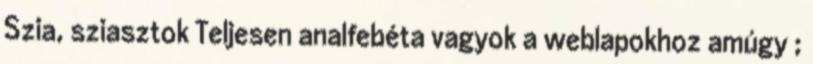
Szia, sziasztok Teljesen analfebéta vagyok a weblapokhoz amúgy ;